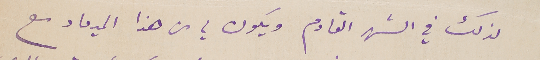
لذلك في الشهر القادم ويكون لي من هذا الميعاد مع